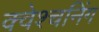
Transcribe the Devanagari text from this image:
क्वेश्चनिंग